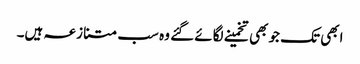
ابھی تک جو بھی تخمینے لگائے گئے وہ سب متنازعہ ہیں۔